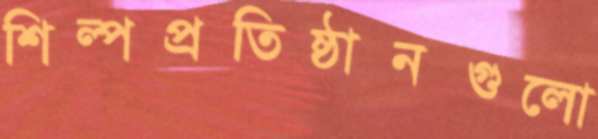
শিল্পপ্রতিষ্ঠানগুলো